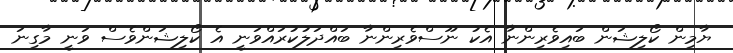
ޔާމިން ކޯލިޝަން ބައިވެރިންނާ އެކު ނޫސްވެރިންނާ ބައްދަލުކުރައްވަނީ އެ ކޯލިޝަންވެސް ވަނީ މާގިނަ